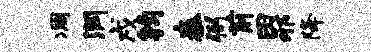
凋润戌钧秦弼前田邪降